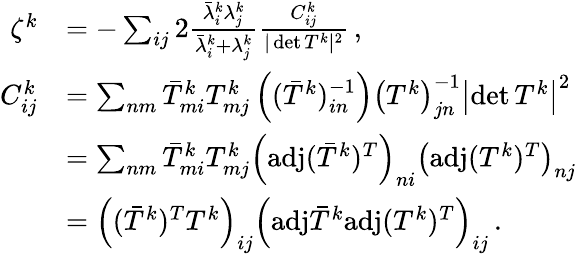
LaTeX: \begin{array}{rl}{\zeta^{k}}&{=-\sum_{ij}2\frac{\bar{\lambda}_{i}^{k}\lambda_{j}^{k}}{\bar{\lambda}_{i}^{k}+\lambda_{j}^{k}}\frac{C_{ij}^{k}}{\vert\operatorname*{det}T^{k}\vert^{2}}\, ,}\\ {C_{ij}^{k}}&{=\sum_{nm}\bar{T}_{mi}^{k}T_{mj}^{k}\left((\bar{T}^{k})_{in}^{-1}\right)\left(T^{k}\right)_{jn}^{-1}\left\vert\operatorname*{det}T^{k}\right\vert^{2}}\\ &{=\sum_{nm}\bar{T}_{mi}^{k}T_{mj}^{k}\left(\mathrm{adj}(\bar{T}^{k})^{T}\right)_{ni}\left(\mathrm{adj}(T^{k})^{T}\right)_{nj}}\\ &{=\left((\bar{T}^{k})^{T}T^{k}\right)_{ij}\left(\mathrm{adj}\bar{T}^{k}\mathrm{adj}(T^{k})^{T}\right)_{ij}\, .}\end{array}